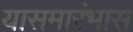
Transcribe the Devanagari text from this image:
यासमारंभास